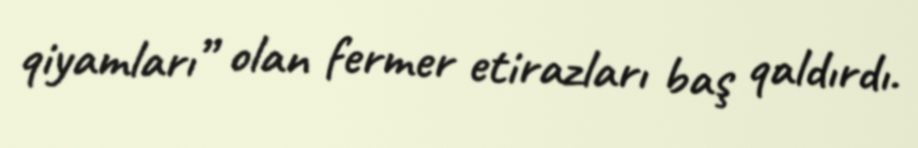
qiyamları” olan fermer etirazları baş qaldırdı.